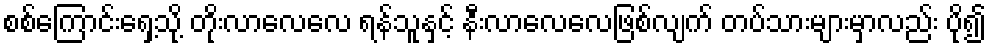
စစ်ကြောင်းရှေ့သို့ တိုးလာလေလေ ရန်သူနှင့် နီးလာလေလေဖြစ်လျက် တပ်သားများမှာလည်း ပို၍